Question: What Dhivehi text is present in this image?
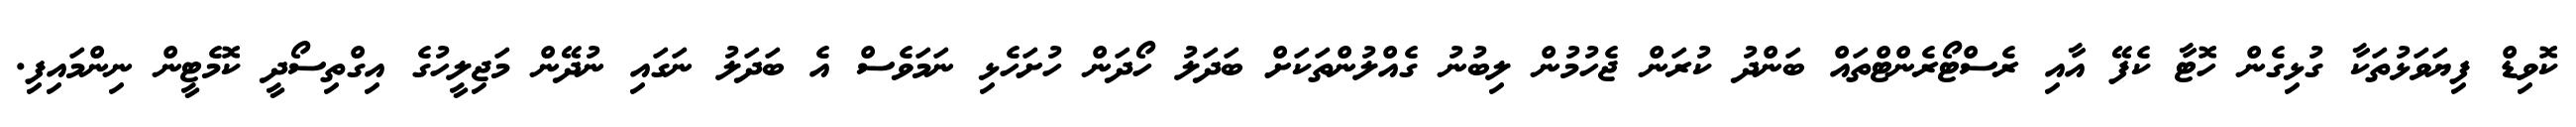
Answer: ކޮވިޑް ފިޔަވަޅުތަކާ ގުޅިގެން ހޮޓާ ކެފޭ އާއި ރެސްޓޯރެންޓްތައް ބަންދު ކުރަން ޖެހުމުން ލިބުނު ގެއްލުންތަކަށް ބަދަލު ހޯދަން ހުށަހެޅި ނަމަވެސް އެ ބަދަލު ނަގައި ނުދޭން މަޖިލީހުގެ އިގްތިސޯދީ ކޮމެޓީން ނިންމައިފި.